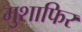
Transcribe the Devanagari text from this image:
मुशाफिर